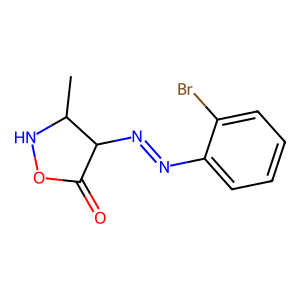
SMILES: CC1NOC(=O)C1N=Nc1ccccc1Br
Inhibits HIV replication: No